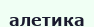
алетика